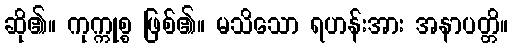
ဆို၏။ ကုက္ကုစ္စ ဖြစ်၏။ မသိသော ရဟန်းအား အနာပတ္တိ။